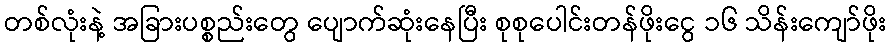
တစ်လုံးနဲ့ အခြားပစ္စည်းတွေ ပျောက်ဆုံးနေပြီး စုစုပေါင်းတန်ဖိုးငွေ ၁၆ သိန်းကျော်ဖိုး